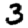
Digit: 3